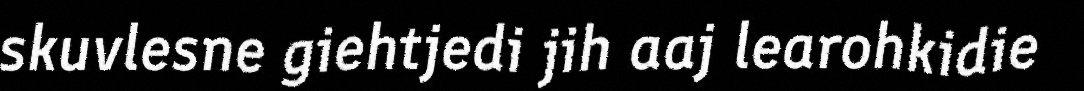
skuvlesne giehtjedi jih aaj learohkidie